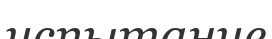
испытание